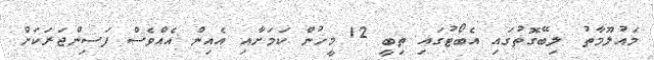
މައުލޫމާތު ލިބޭގޮތުގައި އެބޯޓުގައި ތިބީ 12 މީހުން ކަމަށާއި އެއިން އެއްވެސް ފަސިންޖަރަކަށް